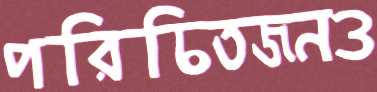
পরিচিতজনও